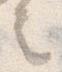
之